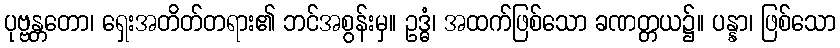
ပုဗ္ဗန္တတော၊ ရှေးအတိတ်တရား၏ ဘင်အစွန်းမှ။ ဥဒ္ဓံ၊ အထက်ဖြစ်သော ခဏတ္တယ၌။ ပန္နာ၊ ဖြစ်သော